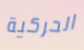
الحركية